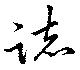
諸